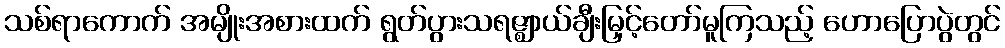
သစ်ရာကောက် အမျိုးအစားထက် ရွတ်ပွားသရဇ္ဈာယ်ချီးမြှင့်တော်မူကြသည့် ဟောပြောပွဲတွင်